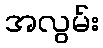
အလွမ်း